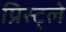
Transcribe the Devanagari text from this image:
प्रिस्ट्ले